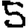
Digit: 5